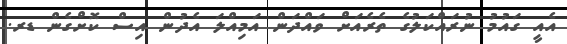
އެއީ ގައުމު ނުރައްކަލުގެ ތެރެއަށް ވައްދަން އަމިއްލަ އެދުން އިސް ކޮށްގެން ޑރ.